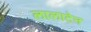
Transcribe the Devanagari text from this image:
लालाटेन